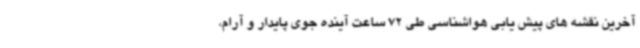
آخرین نقشه های پیش یابی هواشناسی طی 72 ساعت آینده جوی پایدار و آرام،